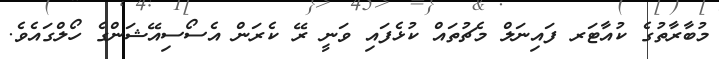
މުބާރާތުގެ ކުއާޓަރ ފައިނަލް މެޗުތައް ކުޅެފައި ވަނީ ރޭ ކެރަން އެސޯސިއޭޝަންގެ ހޯލްގައެވެ.